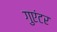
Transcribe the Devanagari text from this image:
गुएंटर